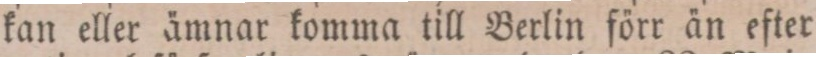
kan eller ämnar komma till Berlin förr än efter